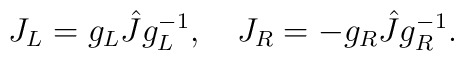
J_L=g_L\hat{J}g_L^{-1},\quad J_R=-g_R\hat{J}g_R^{-1}.